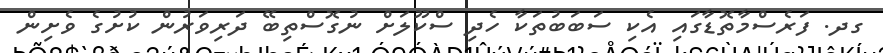
ގދ. ފަރެސްމާތޮޑާގައި އެކި ސަބަބުތަކާ ހެދި ސްކޫލަށް ނުގޮސްތިބޭ ދަރިވަރުން ކުށުގެ ވެށިިން